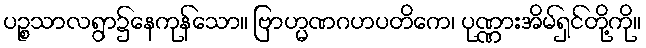
ပဉ္စသာလရွာ၌နေကုန်သော။ ဗြာဟ္မဏဂဟပတိကေ၊ ပုဏ္ဏားအိမ်ရှင်တို့ကို။